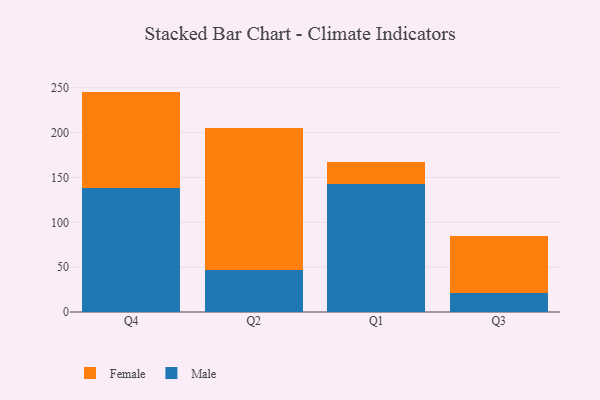
{"axis": {"x": "Quarter", "y": "Gross Profit (USD K)"}, "legend": ["Female", "Male"], "data": [{"x": "Q4", "y": 138.1, "type": "Male"}, {"x": "Q4", "y": 107.6, "type": "Female"}, {"x": "Q2", "y": 47.3, "type": "Male"}, {"x": "Q2", "y": 157.6, "type": "Female"}, {"x": "Q1", "y": 142.5, "type": "Male"}, {"x": "Q1", "y": 24.2, "type": "Female"}, {"x": "Q3", "y": 20.9, "type": "Male"}, {"x": "Q3", "y": 63.7, "type": "Female"}]}